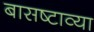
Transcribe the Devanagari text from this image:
बासष्टाव्या